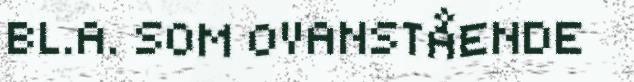
BL.A. SOM OVANSTÅENDE